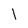
Character: l